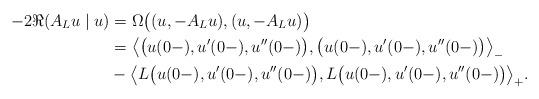
LaTeX: \begin{align*} -2\Re (A_L u \mid u) & = \Omega\bigl((u,-A_Lu),(u,-A_Lu)\bigr) \\ & = \bigl\langle \bigl(u(0-),u'(0-),u''(0-)\bigr), \bigl(u(0-),u'(0-),u''(0-)\bigr)\bigr\rangle_- \\ & - \bigl\langle L\bigl( u(0-),u'(0-),u''(0-)\bigr), L\bigl(u(0-),u'(0-),u''(0-)\bigr)\bigr\rangle_+. \end{align*}